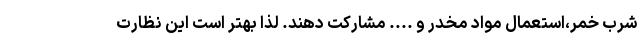
شرب خمر،استعمال مواد مخدر و .... مشارکت دهند. لذا بهتر است این نظارت